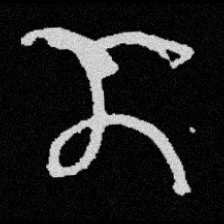
Pyu character \u2014 Myanmar letter: ဏ (romanized: nna)